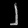
Digit: ၂